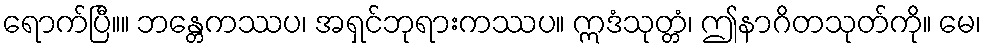
ရောက်ပြီ။။ ဘန္တေကဿပ၊ အရှင်ဘုရားကဿပ။ ဣဒံသုတ္တံ၊ ဤနာဂိတသုတ်ကို။ မေ၊